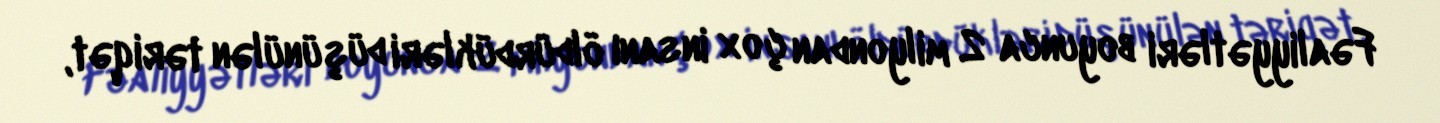
Fəaliyyətləri boyunca 2 milyondan çox insanı öldürdükləri düşünülən təriqət,